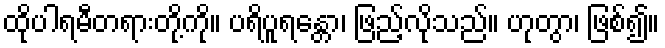
ထိုပါရမီတရားတို့ကို။ ပရိပူရန္တော၊ ဖြည့်လိုသည်။ ဟုတွာ၊ ဖြစ်၍။